65_HS1-834228961_62-HQ-83894_Section_8
Agency: FBI
Page 23
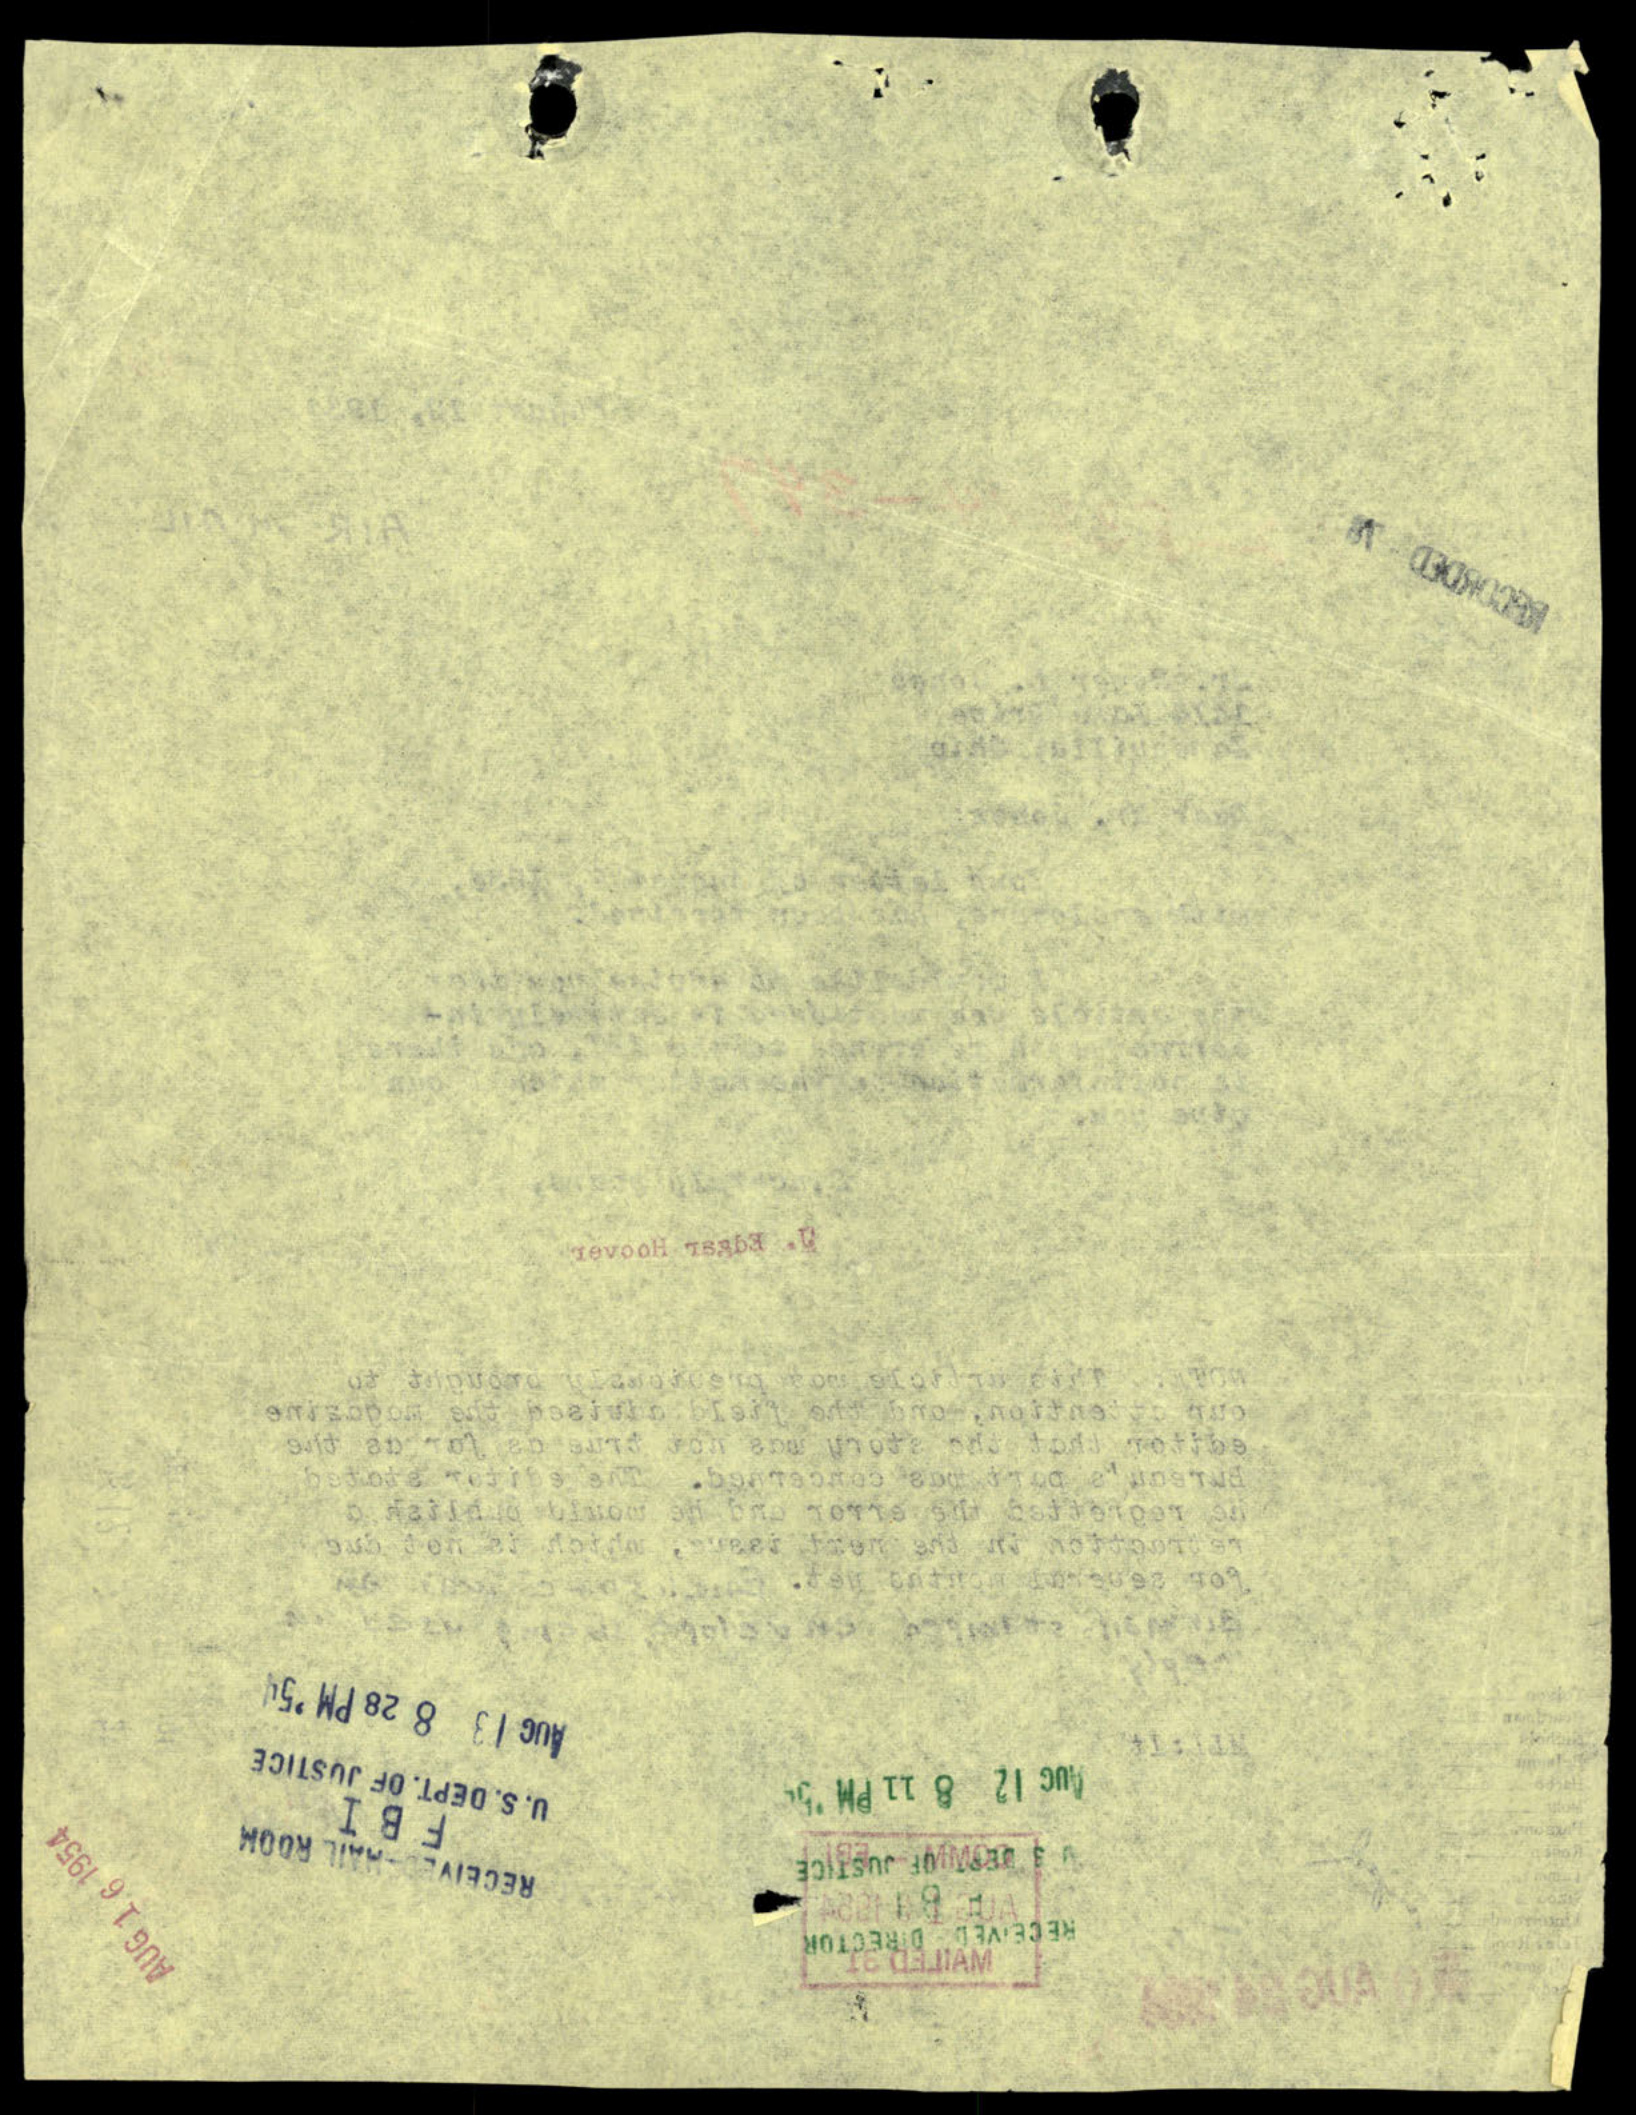